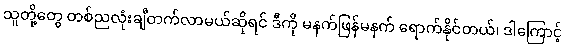
သူတို့တွေ တစ်ညလုံးချီတက်လာမယ်ဆိုရင် ဒီကို မနက်ဖြန်မနက် ရောက်နိုင်တယ်၊ ဒါကြောင့်